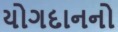
યોગદાનનો